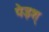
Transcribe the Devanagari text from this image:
पेड़श्